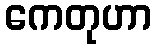
ကေတုဟာ